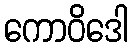
ကောဝိဒေါ